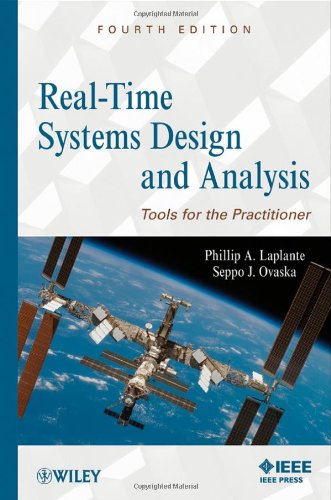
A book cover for Real-Time Systems Design and Analysis: Tools for the Practitioner; Phillip A. Laplante; Science & Math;